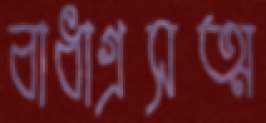
বাধাগ্রসত্ম